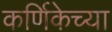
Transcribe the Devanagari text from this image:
कर्णिकेच्या